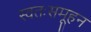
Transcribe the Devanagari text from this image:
स्वतःसमूहन